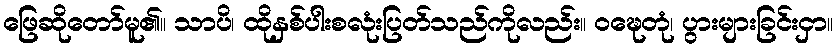
ဖြေဆိုတော်မူ၏။ သာပိ၊ ထိုနှစ်ပါးစလုံးပြတ်သည်ကိုလည်း။ ဝဍ္ဎေတုံ၊ ပွားများခြင်းငှာ။